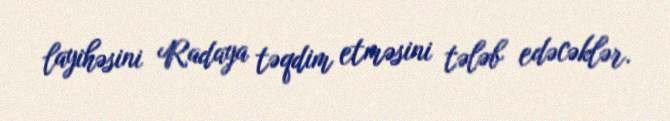
layihəsini Radaya təqdim etməsini tələb edəcəklər.